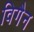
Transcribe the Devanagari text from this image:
विगैन